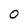
Character: O